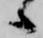
候